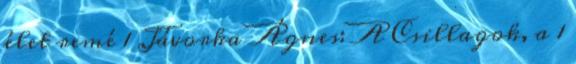
élet remé 1 Jávorka Ágnes: A Csillagok, a 1